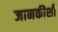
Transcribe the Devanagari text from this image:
जानकीशी